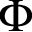
\Phi